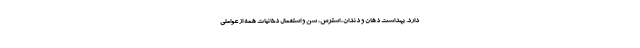
دارد. بهداشت دهان و دندان، استرس، سن و استعمال دخانیات همه از عواملی